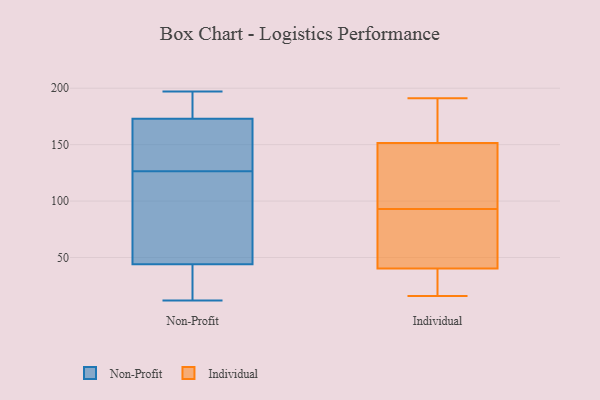
{"axis": {"x": "Churn Rate (%)", "y": "Value"}, "legend": ["Individual", "Non-Profit"], "data": [{"x": "", "y": 38, "type": "Non-Profit"}, {"x": "", "y": 173, "type": "Non-Profit"}, {"x": "", "y": 186, "type": "Non-Profit"}, {"x": "", "y": 12, "type": "Non-Profit"}, {"x": "", "y": 12, "type": "Non-Profit"}, {"x": "", "y": 172, "type": "Non-Profit"}, {"x": "", "y": 184, "type": "Non-Profit"}, {"x": "", "y": 90, "type": "Non-Profit"}, {"x": "", "y": 44, "type": "Non-Profit"}, {"x": "", "y": 157, "type": "Non-Profit"}, {"x": "", "y": 197, "type": "Non-Profit"}, {"x": "", "y": 98, "type": "Non-Profit"}, {"x": "", "y": 54, "type": "Non-Profit"}, {"x": "", "y": 155, "type": "Non-Profit"}, {"x": "", "y": 26, "type": "Individual"}, {"x": "", "y": 39, "type": "Individual"}, {"x": "", "y": 177, "type": "Individual"}, {"x": "", "y": 80, "type": "Individual"}, {"x": "", "y": 52, "type": "Individual"}, {"x": "", "y": 122, "type": "Individual"}, {"x": "", "y": 26, "type": "Individual"}, {"x": "", "y": 162, "type": "Individual"}, {"x": "", "y": 93, "type": "Individual"}, {"x": "", "y": 84, "type": "Individual"}, {"x": "", "y": 100, "type": "Individual"}, {"x": "", "y": 156, "type": "Individual"}, {"x": "", "y": 32, "type": "Individual"}, {"x": "", "y": 138, "type": "Individual"}, {"x": "", "y": 44, "type": "Individual"}, {"x": "", "y": 191, "type": "Individual"}, {"x": "", "y": 16, "type": "Individual"}, {"x": "", "y": 136, "type": "Individual"}, {"x": "", "y": 190, "type": "Individual"}]}